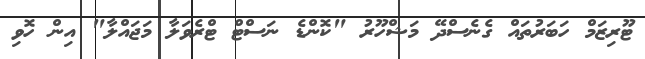
ޓޫރިޒަމް ހަބަރުތައް ގެނެސްދޭ މަޝްހޫރު "ކޮންޑެ ނަސްޓް ޓްރެވަލާ މަޖައްލާ" އިން ހޮވި